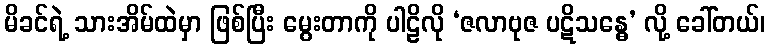
မိခင်ရဲ့ သားအိမ်ထဲမှာ ဖြစ်ပြီး မွေးတာကို ပါဠိလို ‘ဇလာဗုဇ ပဋိသန္ဓေ’ လို့ ခေါ်တယ်၊